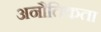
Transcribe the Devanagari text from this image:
अनौतिकता